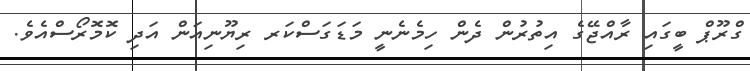
ގްރޫޕް ބީގައި ރާއްޖޭގެ އިތުރުން ދެން ހިމެނެނީ މަޑަގަސްކަރ ރިޔޫނިއަން އަދި ކޮމޮރޯސްއެވެ.